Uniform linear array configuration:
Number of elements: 32
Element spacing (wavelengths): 0.5
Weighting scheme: kaiser
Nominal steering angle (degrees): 15
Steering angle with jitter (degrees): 14.667
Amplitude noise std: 0.05
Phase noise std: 0.05

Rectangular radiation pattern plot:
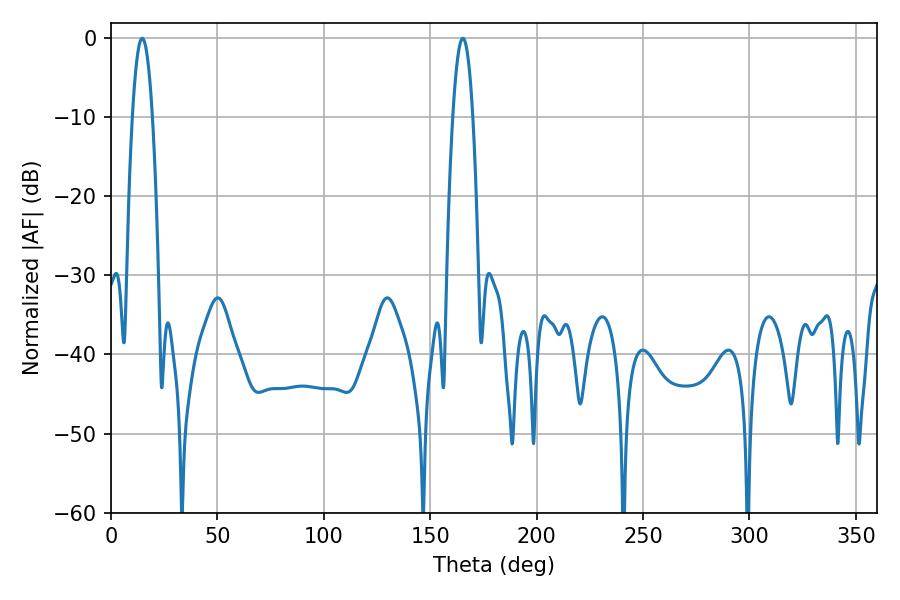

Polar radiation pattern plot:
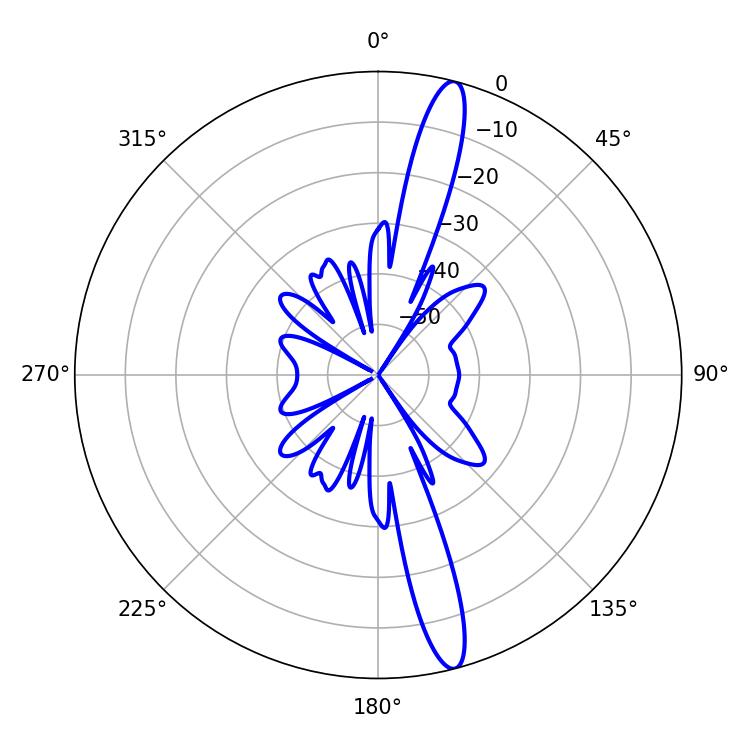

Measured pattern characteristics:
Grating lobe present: FALSE
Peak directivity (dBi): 16.05
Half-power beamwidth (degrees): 5.22
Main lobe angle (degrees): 14.58